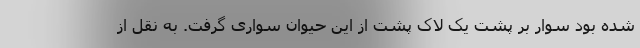
شده بود سوار بر پشت یک لاک پشت از این حیوان سواری گرفت. به نقل از